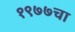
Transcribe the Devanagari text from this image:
१९७७चा